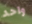
واحد